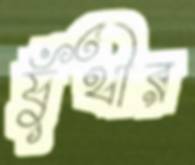
যুঁথীর